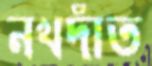
নখদাঁত